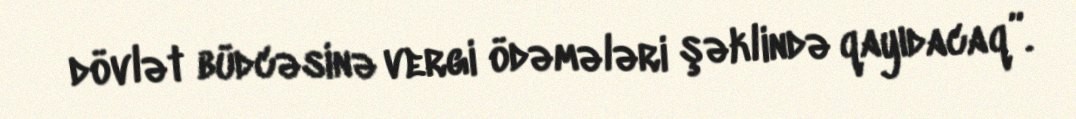
dövlət büdcəsinə vergi ödəmələri şəklində qayıdacaq”.